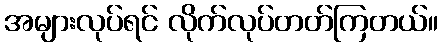
အများလုပ်ရင် လိုက်လုပ်တတ်ကြတယ်။